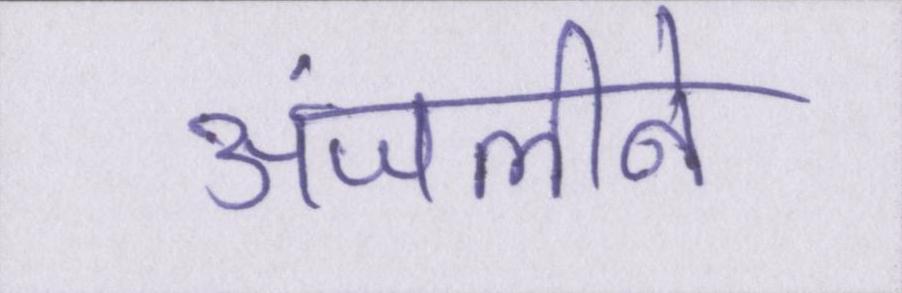
अंजलीने